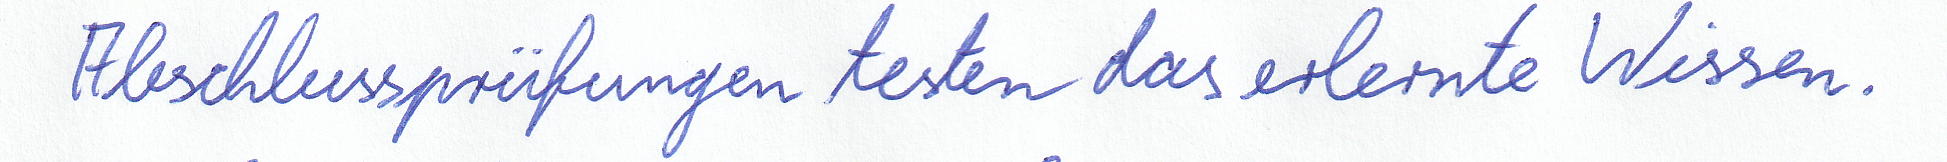
Abschlussprüfungen testen das erlernte Wissen.